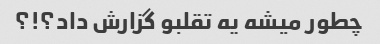
چطور میشه یه تقلبو گزارش داد؟!؟